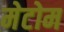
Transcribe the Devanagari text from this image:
मेटोम